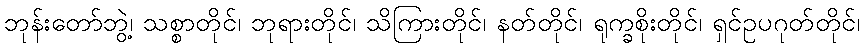
ဘုန်းတော်ဘွဲ့၊ သစ္စာတိုင်၊ ဘုရားတိုင်၊ သိကြားတိုင်၊ နတ်တိုင်၊ ရုက္ခစိုးတိုင်၊ ရှင်ဥပဂုတ်တိုင်၊